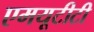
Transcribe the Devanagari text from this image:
एमयूटीटी